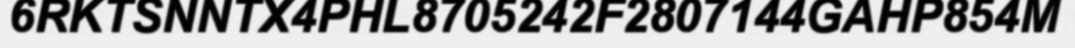
6RKTSNNTX4PHL8705242F2807144GAHP854M